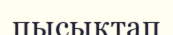
пысықтап